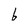
Character: b